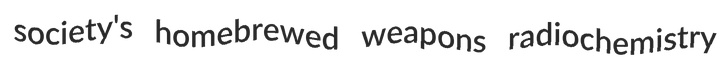
society's homebrewed weapons radiochemistry